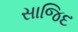
સાજિદ